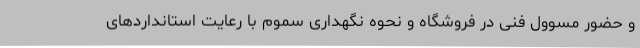
و حضور مسوول فنی در فروشگاه و نحوه نگهداری سموم با رعایت استانداردهای